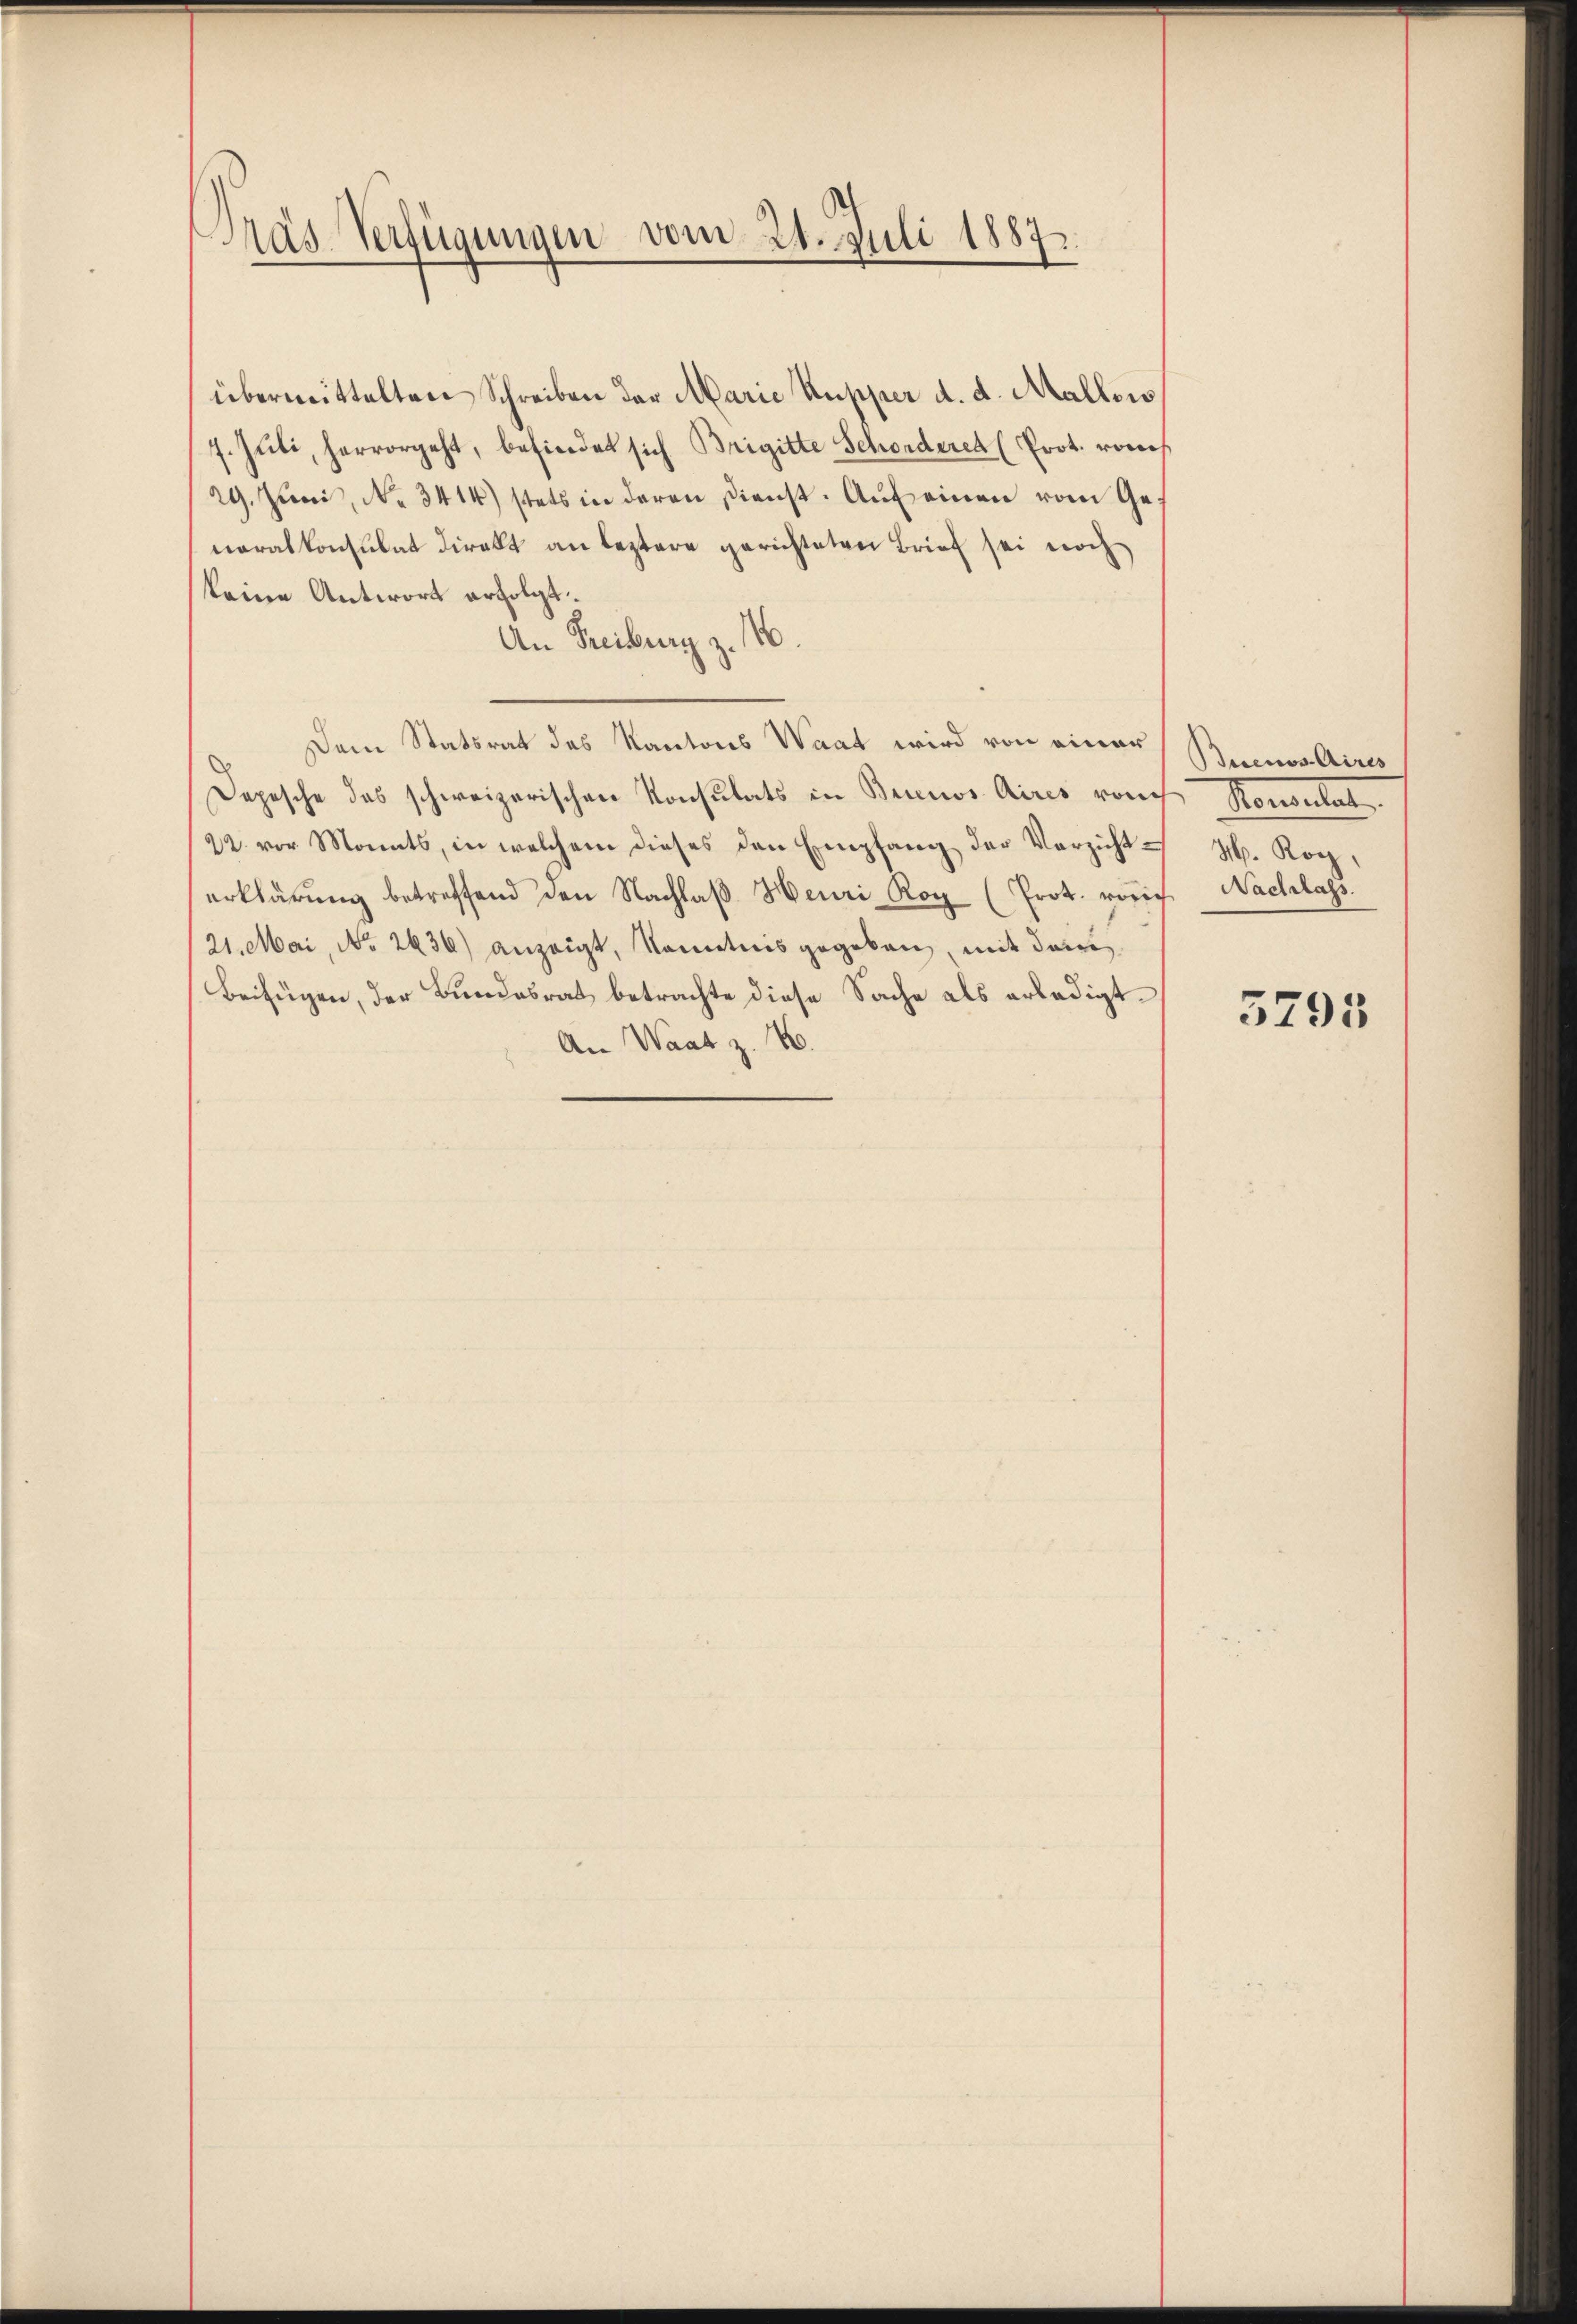
Pras Verfügungen vom 21. Juli 1887.

übermittelten Schreiben der Marie Kupper d. d. Mallows
7. Juli, hervorgeht, befindet sich Brigitte Schonderen (Prot. romes
29. Juni, No. 3414) stets in deren Dienst. Aŭf einen vom Generalkonsulat direkt an leztere gerichteten Brief sei noch
keine Antwort erfolgt.
An Freiburg z. 16.
Dem Statsrat des Kantons Waat wird von einer
Depesche das schweizerischen Konsulats in Brinos Aires von Konsulat
22. vor Monats, in welchem dieses den Empfang der Verzicht H. Rog
erklärŭng betreffend den Nachlaβ Heuri Rog (Prot. vorich Nachlass.
21. Mai, No 2636) anzeigt, kanntnis gegeben, mit deine
Beifügen, der Bundesrat betrachte diese Sache als erledigt.
An Waat z. B.

Buenos Aires

5795